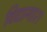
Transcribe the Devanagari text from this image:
विद्यागार।